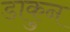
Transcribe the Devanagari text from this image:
डाकुन